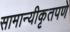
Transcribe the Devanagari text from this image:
सामान्यीकृतपणे